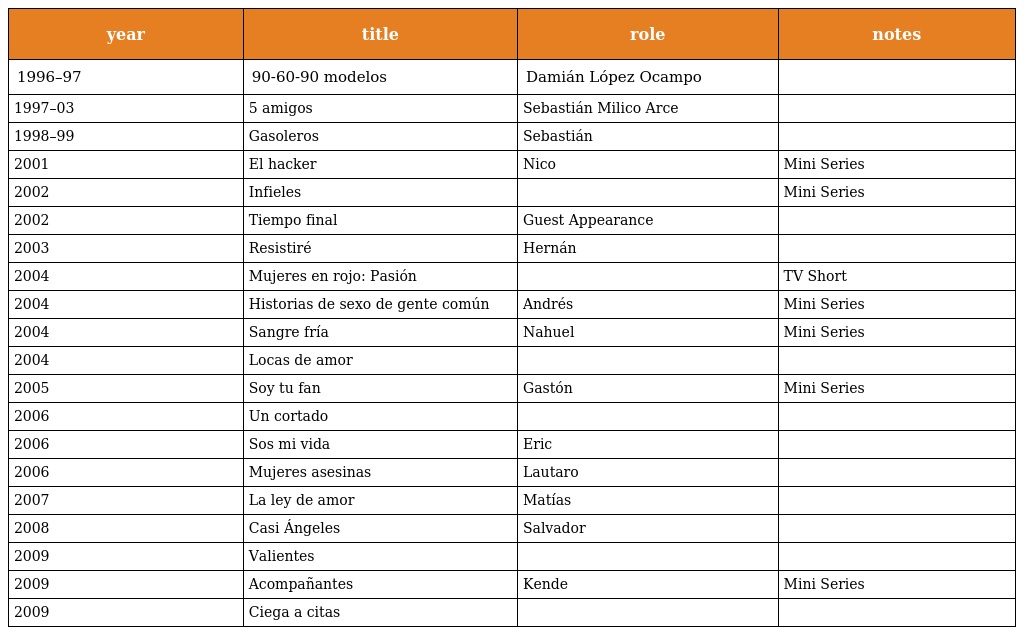
| year | title | role | notes |
 | --- | --- | --- | --- |
 | 1996–97 | 90-60-90 modelos | Damián López Ocampo |  |
 | 1997–03 | 5 amigos | Sebastián Milico Arce |  |
 | 1998–99 | Gasoleros | Sebastián |  |
 | 2001 | El hacker | Nico | Mini Series |
 | 2002 | Infieles |  | Mini Series |
 | 2002 | Tiempo final | Guest Appearance |  |
 | 2003 | Resistiré | Hernán |  |
 | 2004 | Mujeres en rojo: Pasión |  | TV Short |
 | 2004 | Historias de sexo de gente común | Andrés | Mini Series |
 | 2004 | Sangre fría | Nahuel | Mini Series |
 | 2004 | Locas de amor |  |  |
 | 2005 | Soy tu fan | Gastón | Mini Series |
 | 2006 | Un cortado |  |  |
 | 2006 | Sos mi vida | Eric |  |
 | 2006 | Mujeres asesinas | Lautaro |  |
 | 2007 | La ley de amor | Matías |  |
 | 2008 | Casi Ángeles | Salvador |  |
 | 2009 | Valientes |  |  |
 | 2009 | Acompañantes | Kende | Mini Series |
 | 2009 | Ciega a citas |  |  |